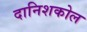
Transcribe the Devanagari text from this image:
दानिशकोल